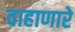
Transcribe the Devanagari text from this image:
वाहाणारे